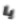
يا